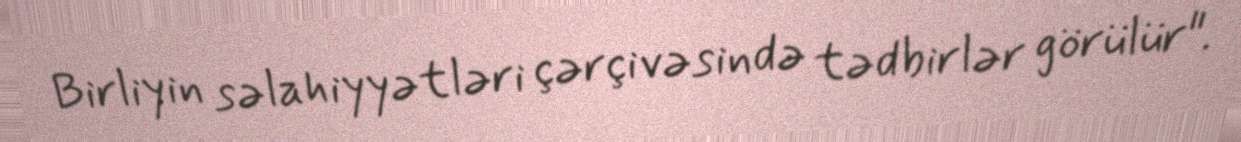
Birliyin səlahiyyətləri çərçivəsində tədbirlər görülür".